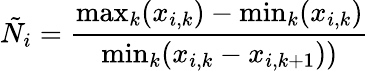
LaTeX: \tilde{N}_{i}=\frac{\operatorname*{max}_{k}(x_{i,k})-\operatorname*{min}_{k}(x_{i,k})}{\operatorname*{min}_{k}(x_{i,k}-x_{i,k+1}))}